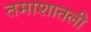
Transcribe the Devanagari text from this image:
तमाशातली